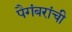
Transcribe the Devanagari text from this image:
पैगंबरांची